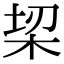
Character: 𣑧